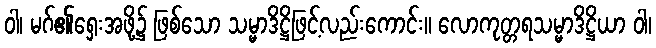
ဝါ၊ မဂ်၏ရှေးအဖို့၌ ဖြစ်သော သမ္မာဒိဋ္ဌိဖြင့်လည်းကောင်း။ လောကုတ္တရသမ္မာဒိဋ္ဌိယာ ဝါ၊